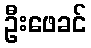
ဦးဖေခင်